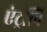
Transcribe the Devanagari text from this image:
एंट्रॉपि